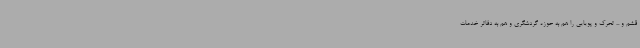
قشم و ... تحرک و پویایی را هم به حوزه گردشگری و هم به دفاتر خدمات